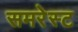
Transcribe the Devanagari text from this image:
समरेस्ट